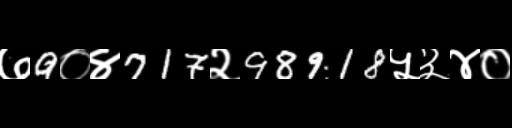
Text: ७9०४717२98918५३४०